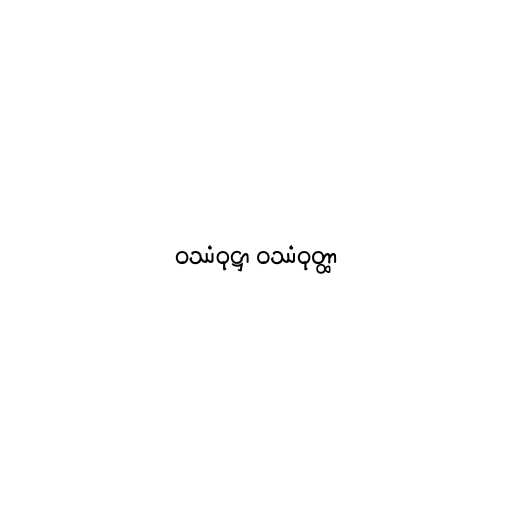
ဝဿံဝုဋ္ဌာ ဝဿံဝုတ္ထာ